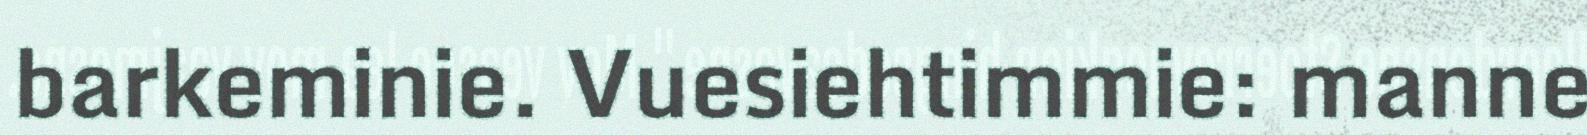
barkeminie. Vuesiehtimmie: manne